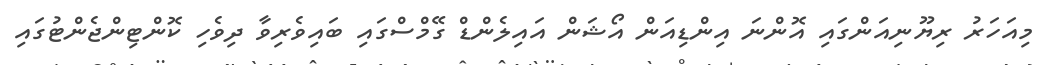
މިއަހަރު ރިޔޫނިއަންގައި އޮންނަ އިންޑިއަން އޯޝަން އައިލެންޑް ގޭމްސްގައި ބައިވެރިވާ ދިވެހި ކޮންޓިންޖެންޓުގައި